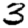
Digit: 3